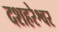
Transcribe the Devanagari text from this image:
दशहरेश्वर